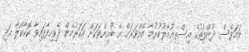
ނަމަވެސް ދުންފަތުގެ އިސްތިއުމާލުކުރުމާ އެއްވަރަށް އެ ބުއިންތަކަށް އަހަރުމެން ދެވިހިފާފައިވާ ކޮކާކޯލާ އަދި